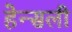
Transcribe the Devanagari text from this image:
हेन्सली